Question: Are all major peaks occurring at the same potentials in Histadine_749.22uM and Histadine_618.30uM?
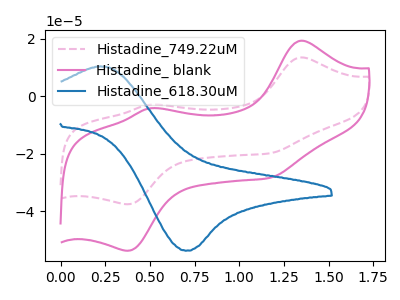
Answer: <think>The pink dashed curve "Histadine_749.22uM" has anodic peaks at (1.35V, 13.50uA) (0.50V, -2.95uA) and cathodic peaks at (0.40V, -37.55uA) (1.15V, -19.80uA). The pink curve "Histadine_ blank" has anodic peaks at (1.35V, 19.35uA) (0.50V, -4.20uA) and cathodic peaks at (0.40V, -53.75uA) (1.15V, -28.35uA). The blue curve "Histadine_618.30uM" has an anodic peak at (0.20V, 10.40uA) and a cathodic peak at (0.70V, -53.70uA).</think>
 <answer>No, "Histadine_749.22uM" and "Histadine_618.30uM" have a different number of peaks.</answer>
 <eval>different_amount</eval>